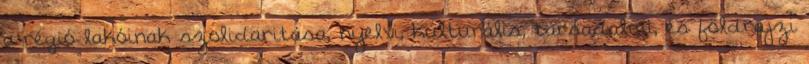
a régió lakóinak szolidaritása, nyelvi, kulturális, társadalmi, és földrajzi